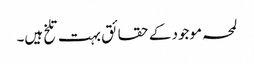
لمحہ موجود کے حقائق بہت تلخ ہیں۔